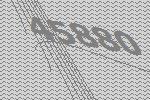
45880